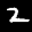
Label: 2